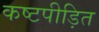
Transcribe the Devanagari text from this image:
कष्टपीड़ित